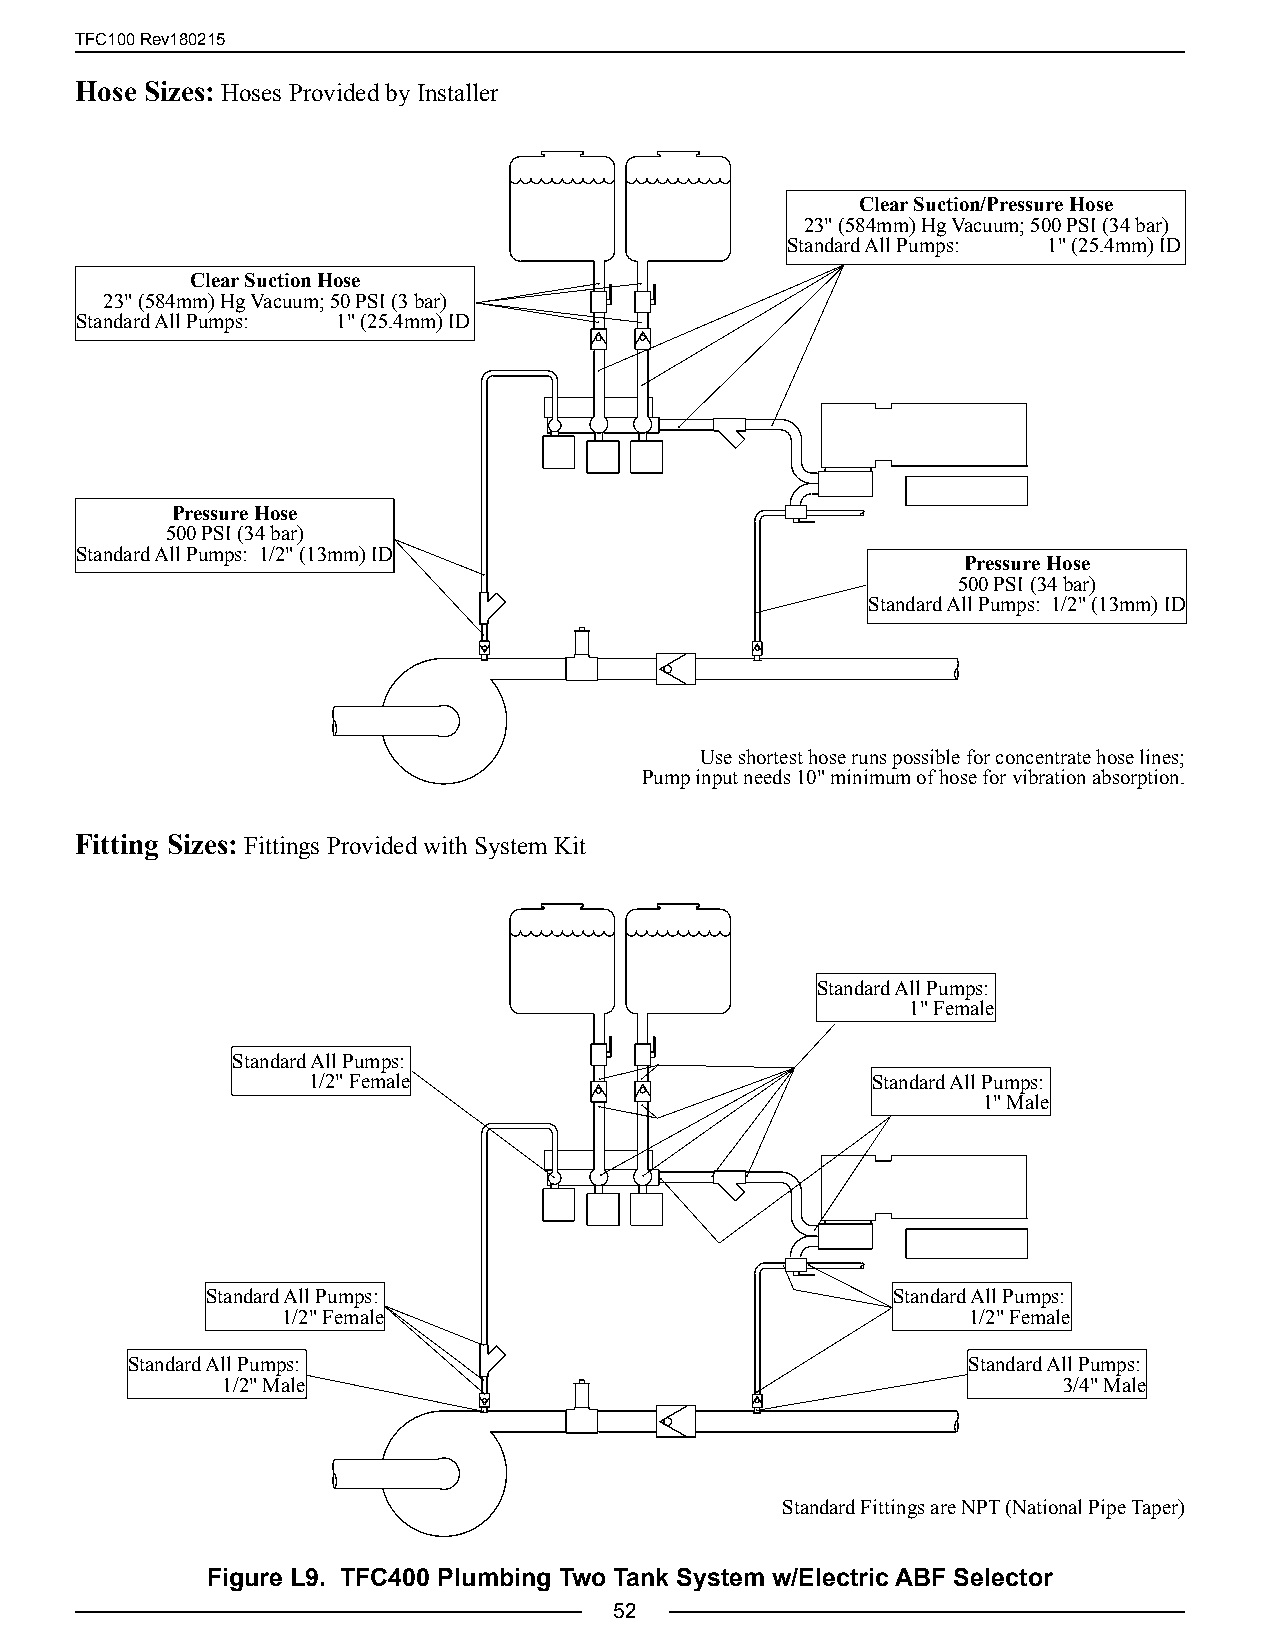
TFC100 Rev180215
 Hose Sizes: Hoses Provided by Installer
 Clear Suction/Pressure Hose
 23" (584mm) Hg Vacuum; 500 PSI (34 bar)
 Standard All Pumps: 1" (25.4mm) ID
 Clear Suction Hose
 23" (584mm) Hg Vacuum; 50 PSI (3 bar)
 Standard All Pumps: 1" (25.4mm) ID
 Pressure Hose
 500 PSI (34 bar)
 Standard All Pumps: 1/2" (13mm) ID
 Pressure Hose
 500 PSI (34 bar)
 Standard All Pumps: 1/2" (13mm) ID
 Use shortest hose runs possible for concentrate hose lines;
 Pump input needs 10" minimum of hose for vibration absorption.
 Fitting Sizes: Fittings Provided with System Kit
 Standard All Pumps:
 1" Female
 Standard All Pumps:
 1/2" Female                           Standard All Pumps:
 1" Male
 Standard All Pumps:                          Standard All Pumps:
 1/2" Female                                  1/2" Female
 Standard All Pumps:                                     Standard All Pumps:
 1/2" Male                                              3/4" Male
 Standard Fittings are NPT (National Pipe Taper)
 Figure L9. TFC400 Plumbing Two Tank System w/Electric ABF Selector
 52